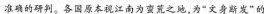
准确的研判。各国原本视江南为蛮荒之地，为”文身断发”的